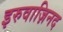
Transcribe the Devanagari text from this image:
इरुवाज़िनद